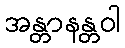
အန္တာနန္တဝါ